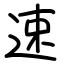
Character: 速